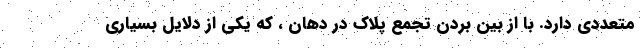
متعددی دارد. با از بین بردن تجمع پلاک در دهان ، که یکی از دلایل بسیاری